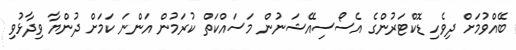
ބޭއްވުމަށް ދިވެހި ޑޮކްޓަރުންގެ އެސޯސިއޭޝަނުން މަސައްކަތް ކުރަމުން އަންނަ ކަމަށް ދުންޔާ ވިދާޅުވި